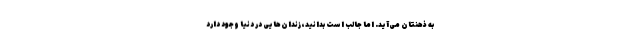
به ذهنتان می‌آید. اما جالب است بدانید، زندان‌هایی در دنیا وجود دارد